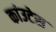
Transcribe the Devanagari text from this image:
कांउटेस